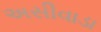
અસીવાડા